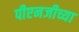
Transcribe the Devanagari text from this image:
पीएनजीच्या